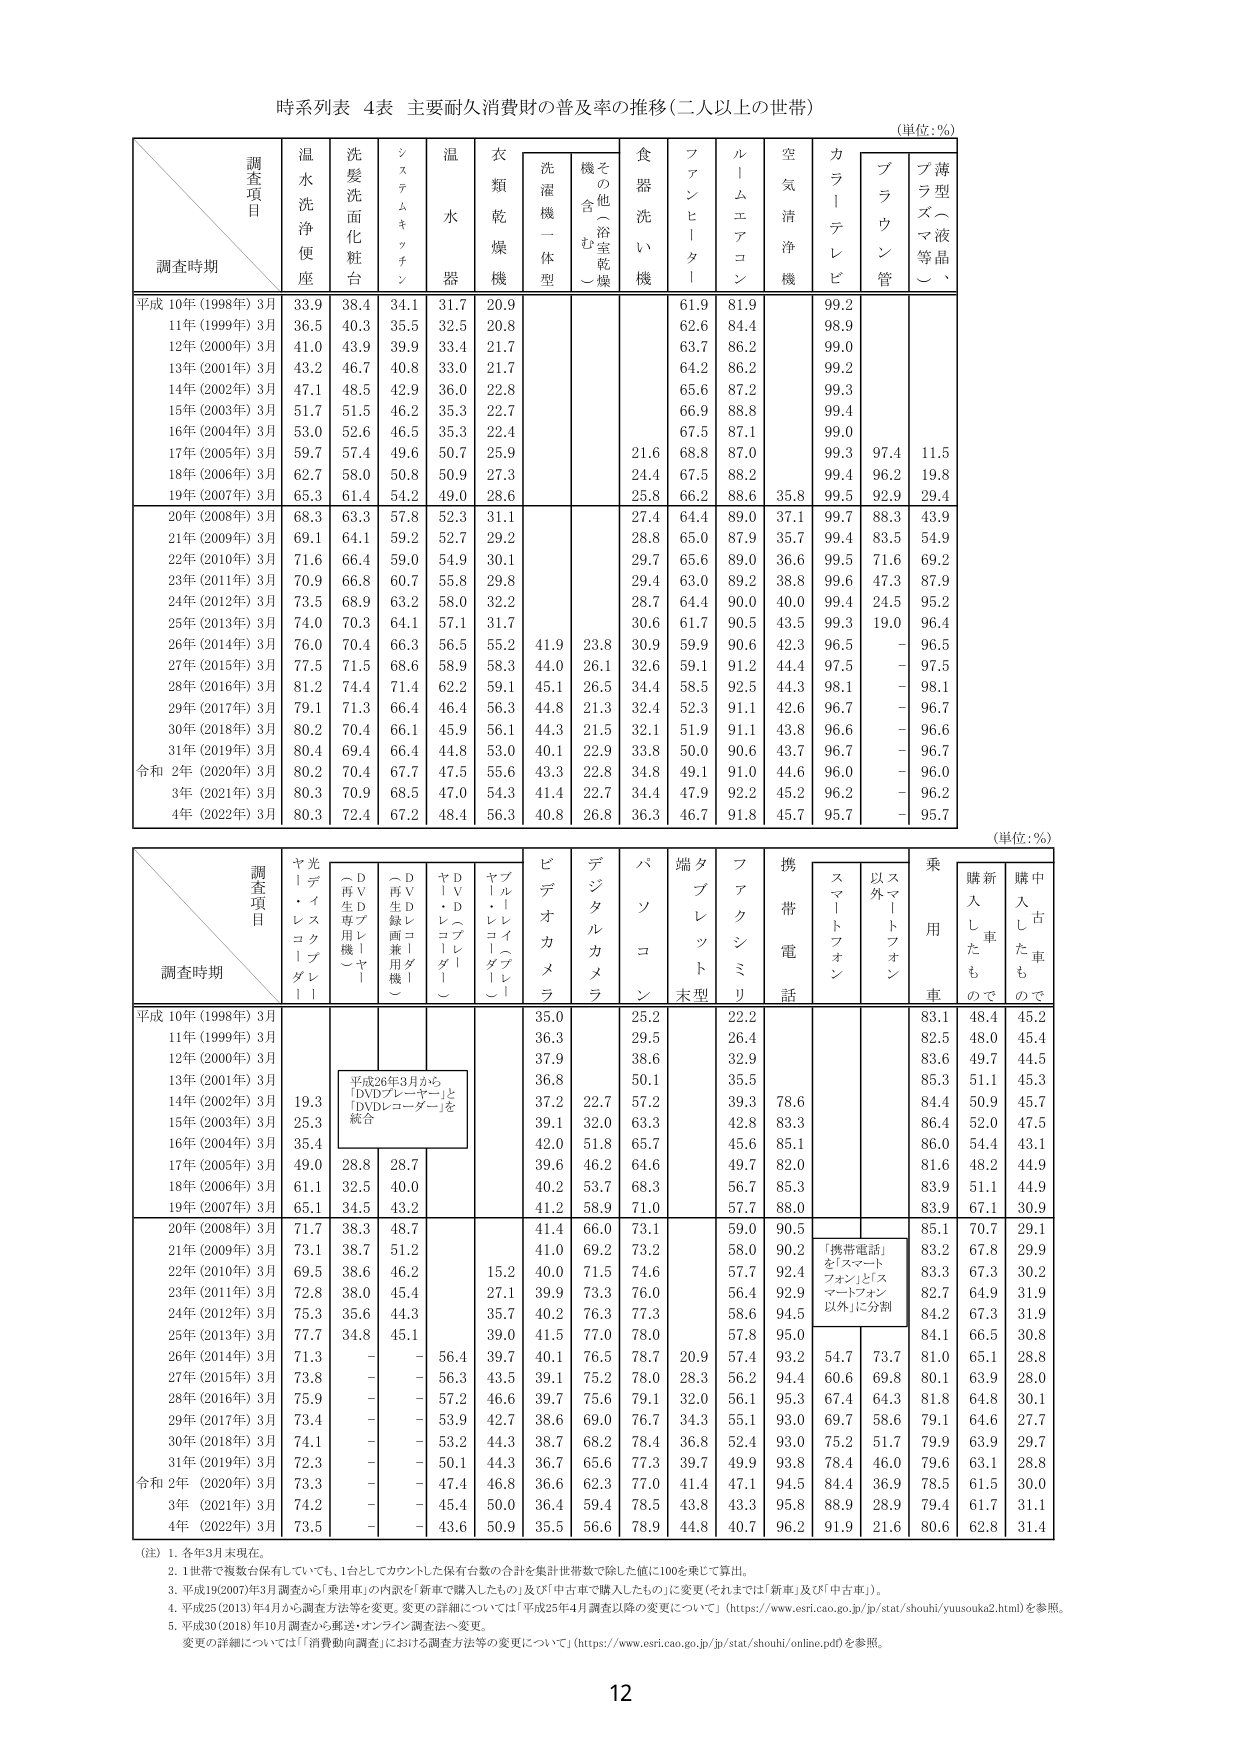
時系列表 4表 主要耐久消費財の普及率の推移（二人以上の世帯）
（単位：%）

調査項目
調査時期
温水洗浄便座
洗髪洗面化粧台
システムキッチン
温水器
衣類乾燥機
洗濯機一体型
その他（浴室乾燥機含む）
食器洗い機
ファンヒーター
ルームエアコン
空気清浄機
カラーテレビ
ブラウン管
薄型液晶、プラズマ等（）

平成10年（1998年）3月
33.9
38.4
34.1
31.7
20.9
61.9
81.9
99.2

11年（1999年）3月
36.5
40.3
35.5
32.5
20.8
62.6
84.4
98.9

12年（2000年）3月
41.0
43.9
39.9
33.4
21.7
63.7
86.2
99.0

13年（2001年）3月
43.2
46.7
40.8
33.0
21.7
64.2
86.2
99.2

14年（2002年）3月
47.1
48.5
42.9
36.0
22.8
65.6
87.2
99.3

15年（2003年）3月
51.7
51.5
46.2
35.3
22.7
66.9
88.8
99.4

16年（2004年）3月
53.0
52.6
46.5
35.3
22.4
67.5
87.1
99.0

17年（2005年）3月
59.7
57.4
49.6
50.7
25.9
21.6
68.8
87.0
99.3
97.4
11.5

18年（2006年）3月
62.7
58.0
50.8
50.9
27.3
24.4
67.5
88.2
99.4
96.2
19.8

19年（2007年）3月
65.3
61.4
54.2
49.0
28.6
25.8
66.2
88.6
35.8
99.5
92.9
29.4

20年（2008年）3月
68.3
63.3
57.8
52.3
31.1
27.4
64.4
89.0
37.1
99.7
88.3
43.9

21年（2009年）3月
69.1
64.1
59.2
52.7
29.2
28.8
65.0
87.9
35.7
99.4
83.5
54.9

22年（2010年）3月
71.6
66.4
59.0
54.9
30.1
29.7
65.6
89.0
36.6
99.5
71.6
69.2

23年（2011年）3月
70.9
66.8
60.7
55.8
29.8
29.4
63.0
89.2
38.8
99.6
47.3
87.9

24年（2012年）3月
73.5
68.9
63.2
58.0
32.2
28.7
64.4
90.0
40.0
99.4
24.5
95.2

25年（2013年）3月
74.0
70.3
64.1
57.1
31.7
30.6
61.7
90.5
43.5
99.3
19.0
96.4

26年（2014年）3月
76.0
70.4
66.3
56.5
55.2
41.9
23.8
30.9
59.9
90.6
42.3
96.5
-
96.5

27年（2015年）3月
77.5
71.5
68.6
58.9
58.3
44.0
26.1
32.6
59.1
91.2
44.4
97.5
-
97.5

28年（2016年）3月
81.2
74.4
71.4
62.2
59.1
45.1
26.5
34.4
58.5
92.5
44.3
98.1
-
98.1

29年（2017年）3月
79.1
71.3
66.4
46.4
56.3
44.8
21.3
32.4
52.3
91.1
42.6
96.7
-
96.7

30年（2018年）3月
80.2
70.4
66.1
45.9
56.1
44.3
21.5
32.1
51.9
91.1
43.8
96.6
-
96.6

31年（2019年）3月
80.4
69.4
66.4
44.8
53.0
40.1
22.9
33.8
50.0
90.6
43.7
96.7
-
96.7

令和2年（2020年）3月
80.2
70.4
67.7
47.5
55.6
43.3
22.8
34.8
49.1
91.0
44.6
96.0
-
96.0

3年（2021年）3月
80.3
70.9
68.5
47.0
54.3
41.4
22.7
34.4
47.9
92.2
45.2
96.2
-
96.2

4年（2022年）3月
80.3
72.4
67.2
48.4
56.3
40.8
26.8
36.3
46.7
91.8
45.7
95.7
-
95.7

（単位：%）

調査項目
調査時期
ヤ光ディ・レスコトプダレ
（DVDプレーヤー）
（DVDレコーダー）
（DVDレコーダー兼用機）
（DVDレコーダー）
ヤ光ディ・レスコトプダレ
ビデオカメラ
デジタルカメラ
パソコン
端末型タブレット
携帯電話
スマートフォン
スマートフォン以外
乗用車
新車購入したも
中古車購入したも

平成10年（1998年）3月
35.0
25.2
22.2
83.1
48.4
45.2

11年（1999年）3月
36.3
29.5
26.4
82.5
48.0
45.4

12年（2000年）3月
37.9
38.6
32.9
83.6
49.7
44.5

13年（2001年）3月
36.8
50.1
35.5
85.3
51.1
45.3

14年（2002年）3月
19.3
37.2
22.7
57.2
39.3
78.6
84.4
50.9
45.7

15年（2003年）3月
25.3
39.1
32.0
63.3
42.8
83.3
86.4
52.0
47.5

16年（2004年）3月
35.4
42.0
51.8
65.7
45.6
85.1
86.0
54.4
43.1

17年（2005年）3月
49.0
28.8
28.7
39.6
46.2
64.6
49.7
82.0
81.6
48.2
44.9

18年（2006年）3月
61.1
32.5
40.0
40.2
53.7
68.3
56.7
85.3
83.9
51.1
44.9

19年（2007年）3月
65.1
34.5
43.2
41.2
58.9
71.0
57.7
88.0
83.9
67.1
30.9

20年（2008年）3月
71.7
38.3
48.7
41.4
66.0
73.1
59.0
90.5
85.1
70.7
29.1

21年（2009年）3月
73.1
38.7
51.2
41.0
69.2
73.2
58.0
90.2
83.2
67.8
29.9

22年（2010年）3月
69.5
38.6
46.2
15.2
40.0
71.5
74.6
57.7
92.4
83.3
67.3
30.2

23年（2011年）3月
72.8
38.0
45.4
27.1
39.9
73.3
76.0
56.4
92.9
82.7
64.9
31.9

24年（2012年）3月
75.3
35.6
44.3
35.7
40.2
76.3
77.3
58.6
94.5
84.2
67.3
31.9

25年（2013年）3月
77.7
34.8
45.1
39.0
41.5
77.0
78.0
57.8
95.0
84.1
66.5
30.8

26年（2014年）3月
71.3
-
-
56.4
39.7
40.1
76.5
78.7
20.9
57.4
93.2
54.7
73.7
81.0
65.1
28.8

27年（2015年）3月
73.8
-
-
56.3
43.5
39.1
75.2
78.0
28.3
56.2
94.4
60.6
69.8
80.1
63.9
28.0

28年（2016年）3月
75.9
-
-
57.2
46.6
39.7
75.6
79.1
32.0
56.1
95.3
67.4
64.3
81.8
64.8
30.1

29年（2017年）3月
73.4
-
-
53.9
42.7
38.6
69.0
76.7
34.3
55.1
93.0
69.7
58.6
79.1
64.6
27.7

30年（2018年）3月
74.1
-
-
53.2
44.3
38.7
68.2
78.4
36.8
52.4
93.0
75.2
51.7
79.9
63.9
29.7

31年（2019年）3月
72.3
-
-
50.1
44.3
36.7
65.6
77.3
39.7
49.9
93.8
78.4
46.0
79.6
63.1
28.8

令和2年（2020年）3月
73.3
-
-
47.4
46.8
36.6
62.3
77.0
41.4
47.1
94.5
84.4
36.9
78.5
61.5
30.0

3年（2021年）3月
74.2
-
-
45.4
50.0
36.4
59.4
78.5
43.8
43.3
95.8
88.9
28.9
79.4
61.7
31.1

4年（2022年）3月
73.5
-
-
43.6
50.9
35.5
56.6
78.9
44.8
40.7
96.2
91.9
21.6
80.6
62.8
31.4

（注）
1. 各年3月末現在。
2. 1世帯で複数台保有していても、1台としてカウントした保有台数の合計を集計世帯数で除した値に100を乗じて算出。
3. 平成19(2007)年3月調査から「乗用車」の内訳を「新車で購入したもの」及び「中古車で購入したもの」に変更（それまでは「新車」及び「中古車」）。
4. 平成25(2013)年4月から調査方法等を変更。変更の詳細については「平成25年4月調査以降の変更について」（https://www.esri.cao.go.jp/jp/stat/shouhi/yusouka2.html）を参照。
5. 平成30(2018)年10月調査から郵送・オンライン調査法へ変更。
変更の詳細については「消費動向調査における調査方法等の変更について」（https://www.esri.cao.go.jp/jp/stat/shouhi/online.pdf）を参照。

12